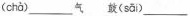
( chà )___气 鼓( sāi )___